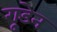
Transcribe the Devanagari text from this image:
गूडेन